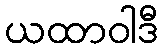
ယထာဝါဒီ